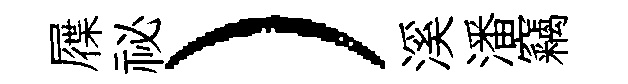
屧祕）溪潘竊